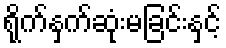
ရိုက်နှက်ဆုံးမခြင်းနှင့်